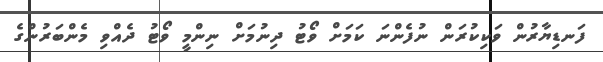
ފަނޑިޔާރުން ވަކިކުރަން ނުފެންނަ ކަމަށް ވޯޓު ދިނުމަށް ނިންމީ ވޯޓު ދެއްވި މެންބަރުންގެ